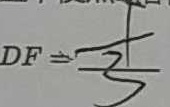
D F = \frac { 1 } { 3 }